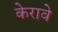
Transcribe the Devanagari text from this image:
केरावे